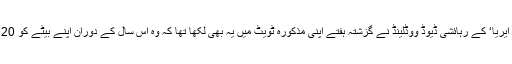
سان فرانسسکو ’بے ایریا‘ کے رہائشی ڈیوڈ ووڈلینڈ نے گزشتہ ہفتے اپنی مذکورہ ٹویٹ میں یہ بھی لکھا تھا کہ وہ اس سال کے دوران اپنے بیٹے کو 120 ڈالر دے چکا ہے۔